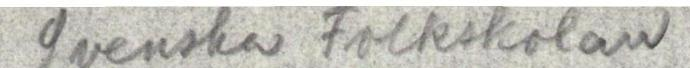
Svenska Folkskolan